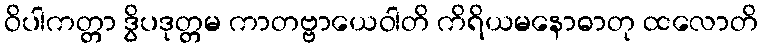
ဝိပါကတ္တာ ဒွိပဒုတ္တမ ကာတဗ္ဗာယေဝါတိ ကိရိယမနောဓာတု ထလောတိ